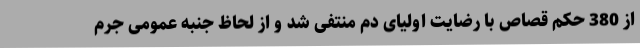
از 380 حکم قصاص با رضایت اولیای دم منتفی شد و از لحاظ جنبه عمومی جرم